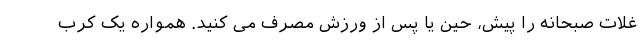
غلات صبحانه را پیش، حین یا پس از ورزش مصرف می کنید. همواره یک کرب